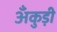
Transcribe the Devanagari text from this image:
अँकुड़ी